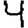
Digit: 4